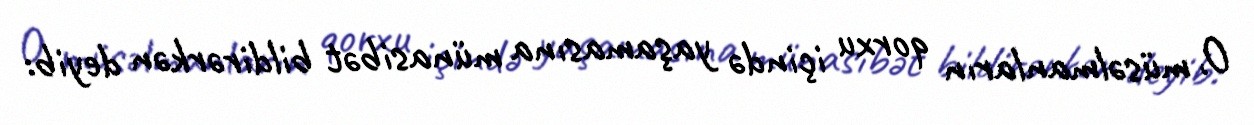
O, müsəlmanların qorxu içində yaşamasına münasibət bildirərkən deyib: